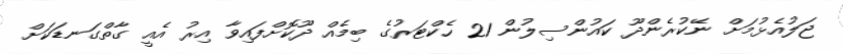
ޖަލުއެޅުމަށް ނޭކުރެންދޫ ކައުންސިލުން 21 ހެކްޓަރުގެ ބިމެއް ދޫކޮށްފައިވާ އިރު އެއީ ގާތްގަނޑަކަށް